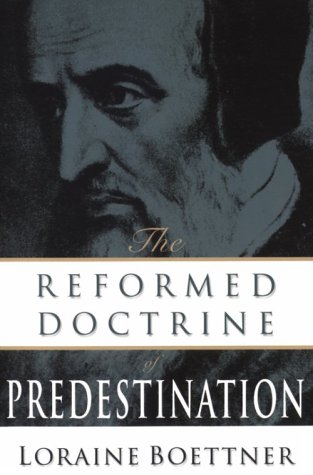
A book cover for The Reformed Doctrine of Predestination; Loraine Boettner; Politics & Social Sciences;